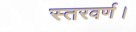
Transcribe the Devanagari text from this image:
स्तरवर्ण।